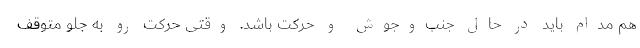
هم مدام باید در حال جنب‌و‌جوش و حرکت باشد. وقتی حرکت رو به جلو متوقف